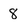
Character: 8